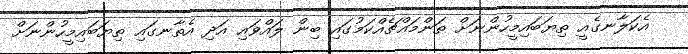
އެކަލާނގެއީ ތިޔަބައިމީހުންނަށް ތަންމައްޗެއްކަމުގައި ބިން ލައްވައި އަދި އެތާނގައި ތިޔަބައިމީހުންނަށް